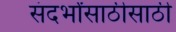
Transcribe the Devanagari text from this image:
संदर्भांसाठीसाठी